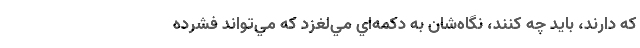
كه دارند، بايد چه كنند، نگاه‌شان به دكمه‌اي مي‌لغزد كه مي‌‌تواند فشرده